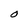
Character: O